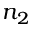
n _ { 2 }